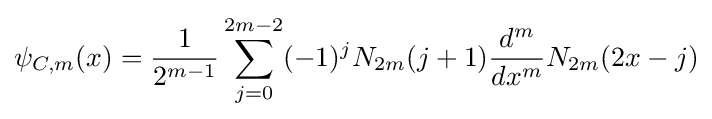
\psi _{C,m}(x)={\frac {1}{2^{m-1}}}\sum _{j=0}^{2m-2}(-1)^{j}N_{2m}(j+1){\frac {d^{m}}{dx^{m}}}N_{2m}(2x-j)